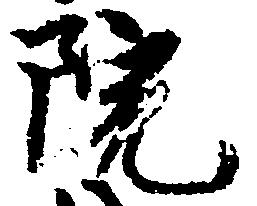
院